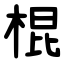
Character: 棍